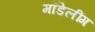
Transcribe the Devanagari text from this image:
मॉडेलींग